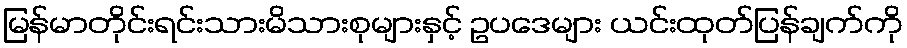
မြန်မာတိုင်းရင်းသားမိသားစုများနှင့် ဥပဒေများ ယင်းထုတ်ပြန်ချက်ကို